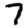
Digit: 7